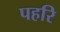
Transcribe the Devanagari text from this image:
पहरि